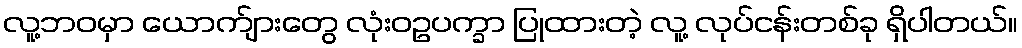
လူ့ဘဝမှာ ယောက်ျားတွေ လုံးဝဥပက္ခာ ပြုထားတဲ့ လူ့ လုပ်ငန်းတစ်ခု ရှိပါတယ်။